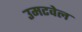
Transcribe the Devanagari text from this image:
उमटवेल